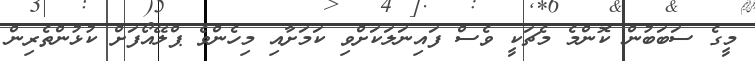
މީގެ ސަބަބުން ކޮންމެ މެޗަކީ ވެސް ފައިނަލަކަށްވި ކަމަށާއި މިހެންވެ ޕްލޭއޯފަށް ކުޅުންތެރިން